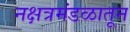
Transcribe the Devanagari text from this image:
नक्षत्रमंडळातून